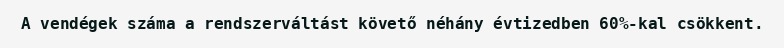
A vendégek száma a rendszerváltást követő néhány évtizedben 60%-kal csökkent.